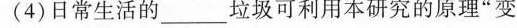
(4)日常生活的___垃圾可利用本研究的原理”变